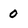
Character: 0